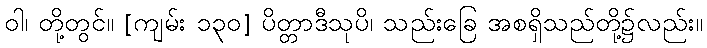
ဝါ၊ တို့တွင်။ [ကျမ်း ၁၃၀] ပိတ္တာဒီသုပိ၊ သည်းခြေ အစရှိသည်တို့၌လည်း။